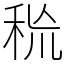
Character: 𥞙